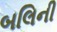
બલિની